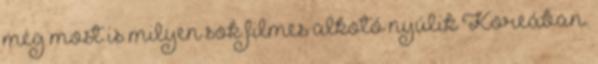
még most is milyen sok filmes alkotó nyúlik Koreában.